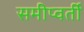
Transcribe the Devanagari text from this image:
समीप्वर्ती